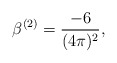
\begin{align*}\beta^{(2)}=\frac{-6}{(4\pi)^2},\end{align*}